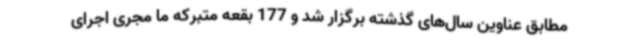
مطابق عناوین سال‌های گذشته برگزار شد و 177 بقعه متبرکه ما مجری اجرای